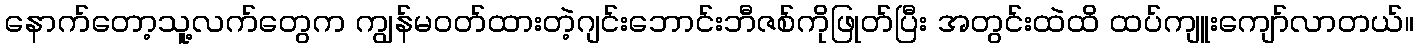
နောက်တော့သူ့လက်တွေက ကျွန်မ၀တ်ထားတဲ့ဂျင်းဘောင်းဘီဇစ်ကိုဖြုတ်ပြီး အတွင်းထဲထိ ထပ်ကျူးကျော်လာတယ်။